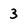
Character: 3